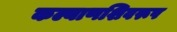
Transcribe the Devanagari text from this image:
कल्याणशिवरूप